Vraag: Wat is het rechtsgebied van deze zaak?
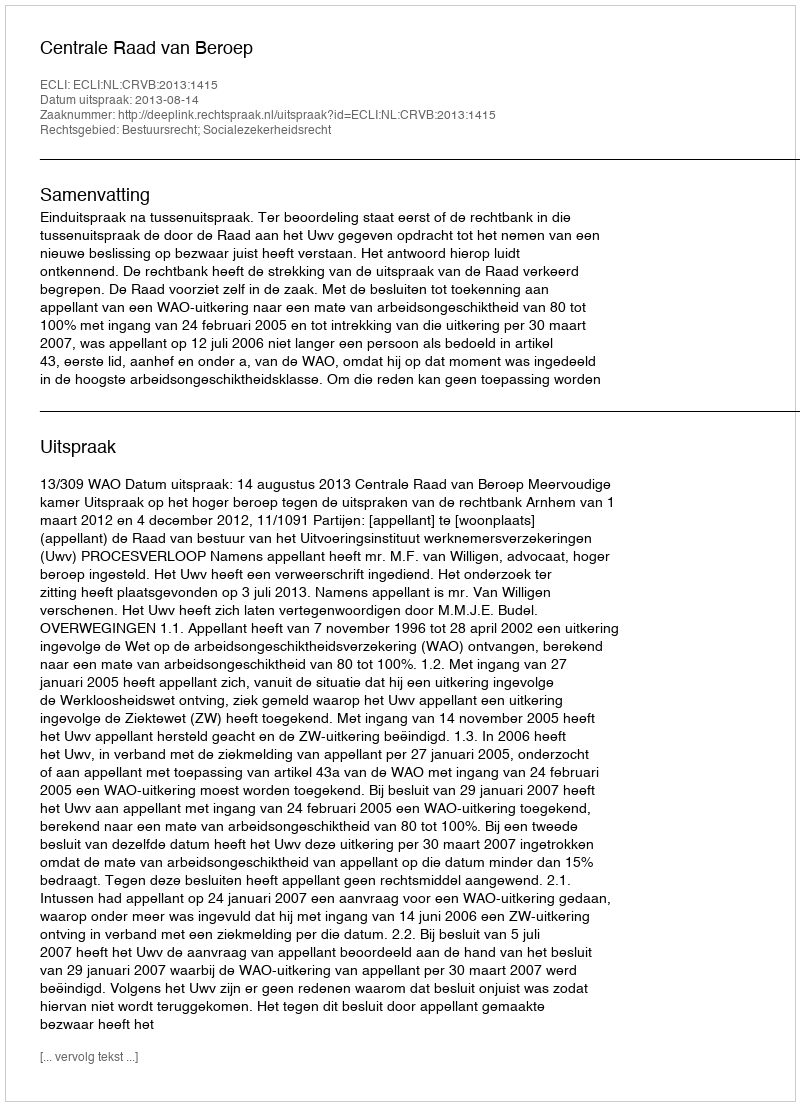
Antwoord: Bestuursrecht; Socialezekerheidsrecht